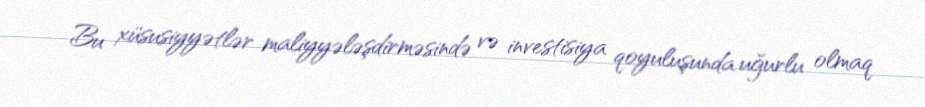
Bu xüsusiyyətlər maliyyələşdirməsində və investisiya qoyuluşunda uğurlu olmaq